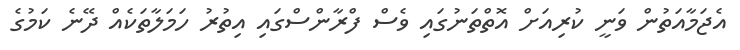
އެޖަމާއަތުން ވަނީ ކުރިއަށް އޮތްތަނުގައި ވެސް ފްރާންސްގައި އިތުރު ހަމަލާތަކެއް ދޭނެ ކަމުގެ